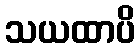
သယထာပိ